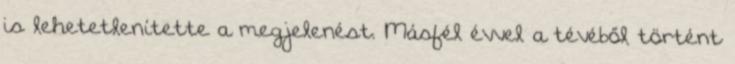
is le­hetetlenítette a megje­lenést. Másfél évvel a tévéből történt